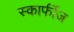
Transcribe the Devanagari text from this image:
स्कार्फीज